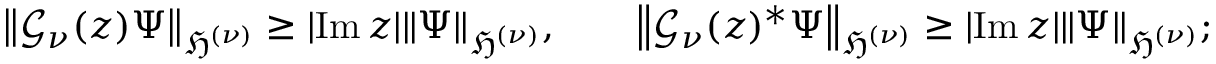
\left\| \mathcal { G } _ { \nu } ( z ) \Psi \right\| _ { \mathfrak { H } ^ { ( \nu ) } } \geq | \! \operatorname { I m } z | \| \Psi \| _ { \mathfrak { H } ^ { ( \nu ) } } , \qquad \left\| \mathcal { G } _ { \nu } ( z ) ^ { * } \Psi \right\| _ { \mathfrak { H } ^ { ( \nu ) } } \geq | \! \operatorname { I m } z | \| \Psi \| _ { \mathfrak { H } ^ { ( \nu ) } } ;